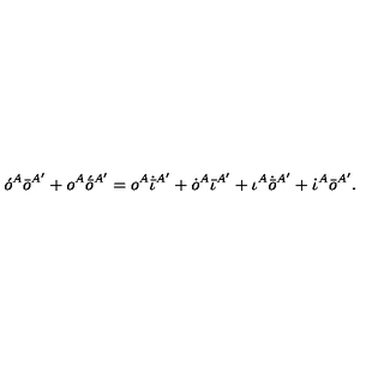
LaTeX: \acute { o } ^ { A } \bar { o } ^ { A ^ { \prime } } + o ^ { A } \acute { \bar { o } } { } ^ { A ^ { \prime } } = o ^ { A } \dot { \bar { \iota } } { } ^ { A ^ { \prime } } + \dot { o } ^ { A } \bar { \iota } { } ^ { A ^ { \prime } } + \iota ^ { A } \dot { \bar { o } } { } ^ { A ^ { \prime } } + \dot { \iota } ^ { A } \bar { o } { } ^ { A ^ { \prime } } .